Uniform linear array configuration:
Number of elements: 12
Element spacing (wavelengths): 0.5
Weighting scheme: hamming
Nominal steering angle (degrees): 0
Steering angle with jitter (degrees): -0.7528
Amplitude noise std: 0.05
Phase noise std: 0.05

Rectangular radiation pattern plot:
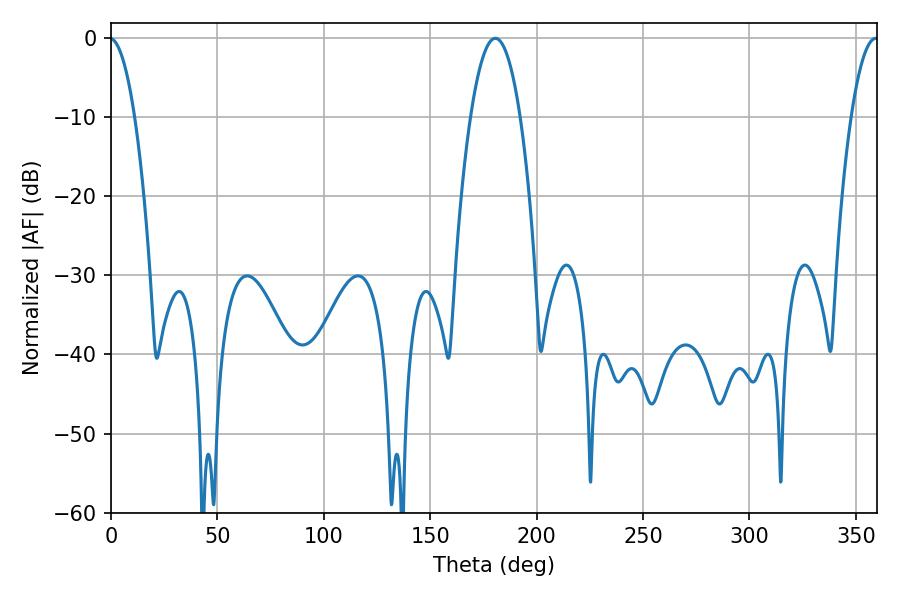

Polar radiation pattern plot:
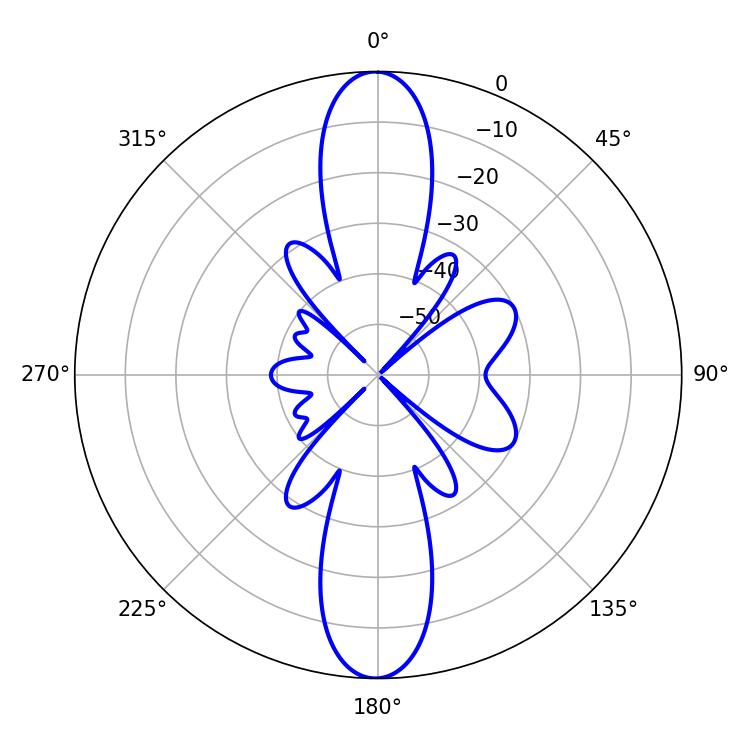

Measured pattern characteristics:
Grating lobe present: FALSE
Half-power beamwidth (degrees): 12.96
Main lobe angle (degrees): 180.54